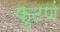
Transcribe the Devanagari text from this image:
फुटणं